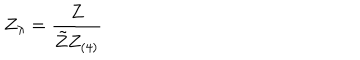
Z _ { \lambda } = \frac { Z } { \tilde { Z } Z _ { ( 4 ) } }